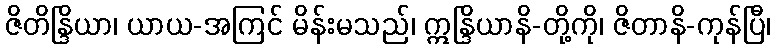
ဇိတိန္ဒြိယာ၊ ယာယ-အကြင် မိန်းမသည်၊ ဣန္ဒြိယာနိ-တို့ကို၊ ဇိတာနိ-ကုန်ပြီ၊